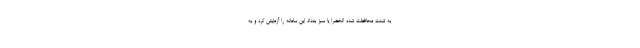
به شدت محافظت شده الخضرا یا سبز بغداد این سامانه را آزمایش کرد و به